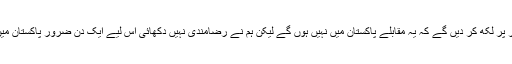
نجم سیٹھی نے کہا کہ کچھ کرکٹ بورڈز کی خواہش تھی کہ ہم یہ تحریری طور پر لکھ کر دیں گے کہ یہ مقابلے پاکستان میں نہیں ہوں گے لیکن ہم نے رضامندی نہیں دکھائی اس لیے ایک دن ضرور پاکستان میں کرکٹ دوبارہ شروع ہوگی اور بورڈ اس کے لیے بھرپور کوششیں کررہا ہے۔